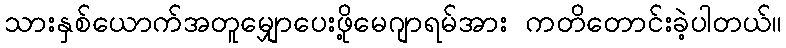
သားနှစ်ယောက်အတူမျှောပေးဖို့မေဂျာရမ်အား ကတိတောင်းခဲ့ပါတယ်။